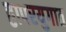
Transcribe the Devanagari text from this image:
द्वापरयुगात